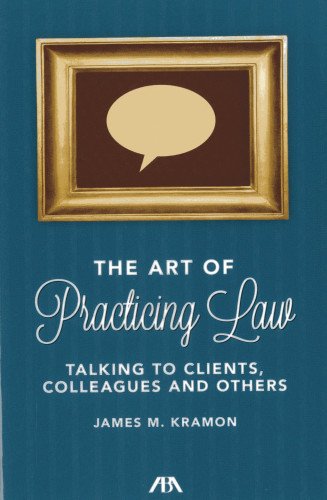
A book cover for The Art of Practicing Law: Talking to Clients and Colleagues; James M. Kramon; Law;